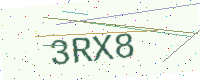
Text: 3RX8